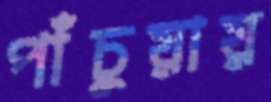
পাঁচুয়ায়